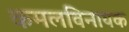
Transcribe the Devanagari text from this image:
कमलविनायक